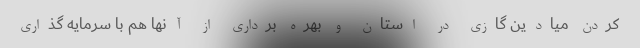
کردن میادین گازی در استان و بهره برداری از آنها هم با سرمایه گذاری